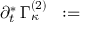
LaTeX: \partial _ { t } ^ { \ast } \, \Gamma _ { \kappa } ^ { ( 2 ) } \; \; : = \; \;